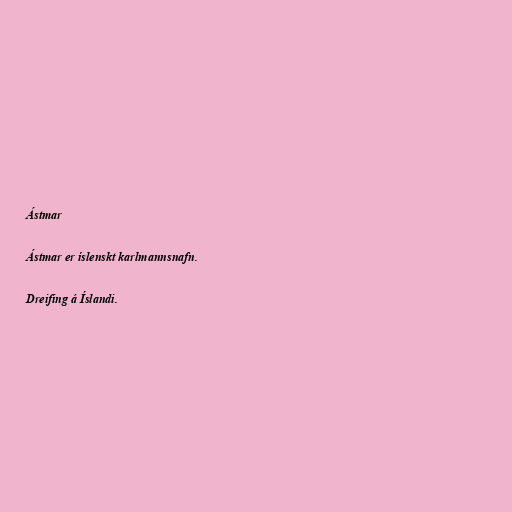
Ástmar

Ástmar er íslenskt karlmannsnafn.

Dreifing á Íslandi.